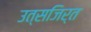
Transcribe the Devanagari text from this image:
उत्सजिर्त